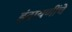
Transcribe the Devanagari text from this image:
इंद्रायणींचे